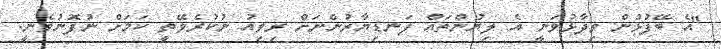
"އެ ބޭފުޅުން ވިދާޅުވަނީ އެ ލިޔުންތައް ފަނޑިޔާރުންނަށް ރިވިއު ނުކުރެވޭތީ ކަމަށް ނުފޮނުވެނީ.